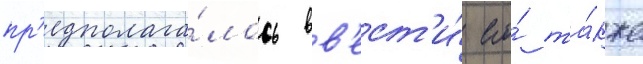
пр'едполага́лось вв'ест'и́ его́ та́кже